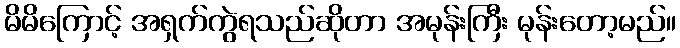
မိမိကြောင့် အရှက်ကွဲရသည်ဆိုတာ အမုန်းကြီး မုန်းတော့မည်။